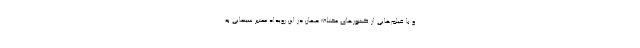
و با فیلم‌هایی از کشورهای مختلف حهان در این رویداد معتبر سینمایی به